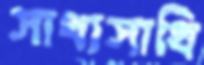
সাধাসাধি